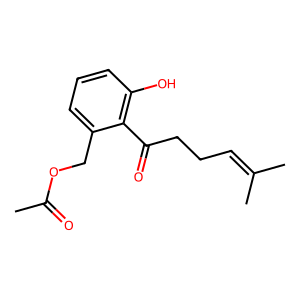
SMILES: CC(=O)OCc1cccc(O)c1C(=O)CCC=C(C)C
Inhibits HIV replication: No